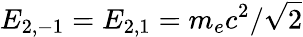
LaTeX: E_{2,-1}=E_{2,1}=m_{e}c^{2}/\sqrt{2}